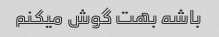
باشه بهت گوش میکنم